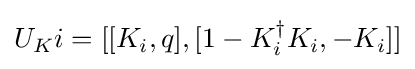
U_{K}i=[[K_{i},q],[1-K_{i}^{\dagger }K_{i},-K_{i}]]